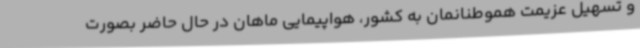
و تسهیل عزیمت هموطنانمان به کشور، هواپیمایی ماهان در حال حاضر بصورت